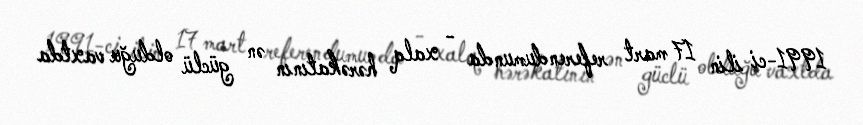
1991-ci ilin 17 mart referendumunda - xalq hərəkatının ən güclü olduğu vaxtda